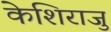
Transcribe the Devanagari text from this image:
केशिराजु